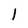
Character: l